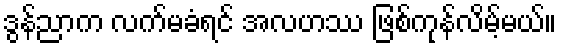
ဒွန်ညာက လက်မခံရင် အလဟဿ ဖြစ်ကုန်လိမ့်မယ်။